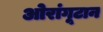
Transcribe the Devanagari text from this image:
ओरांगूटान